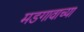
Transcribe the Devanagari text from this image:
मडगावाच्या